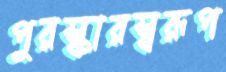
পুরস্কারস্বরূপ